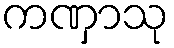
ကဏှာသု